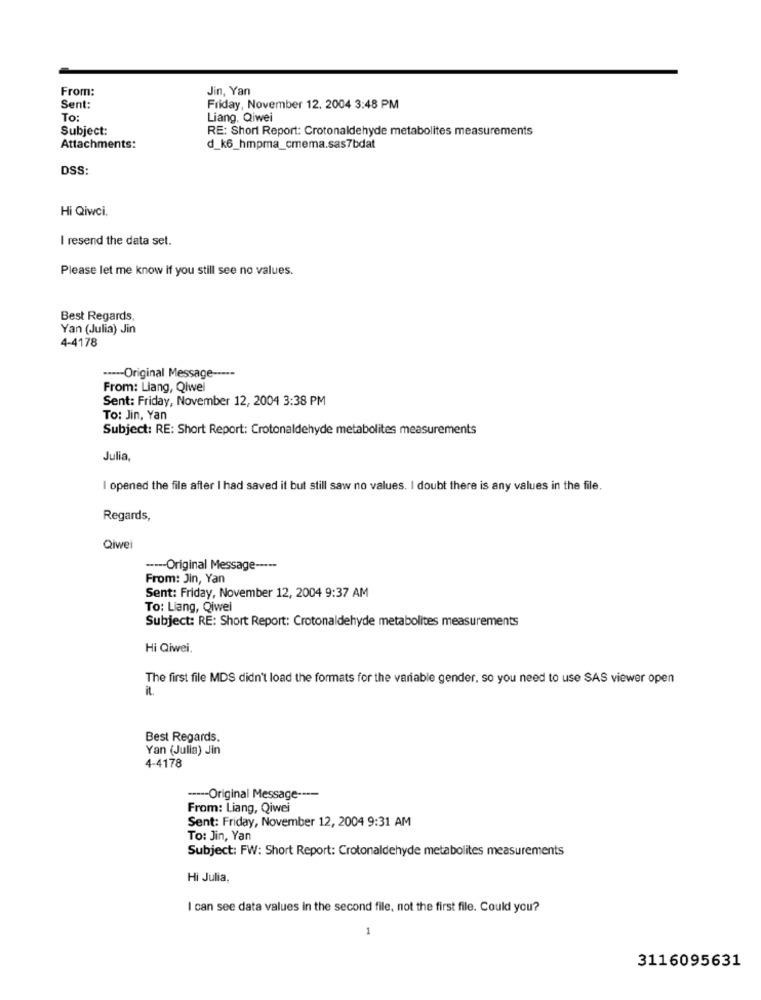
From:
Jin, Yan
Sent:
Friday, November 12. 2004 3:48 PM
To:
Liang, Qiwei
Subject:
RE: Short Report: Crotonaldehyde metabolites measurements
Attachments:
d_k6_hmpma_cmema.sas7bdat
DSS:
Hi Qiwci.
I resend the data set.
Please let me know if you still see no values.
Best Regards
Yan (Julia) Jin
4-4178
----- Original Message -···-
From: Liang, Qiwel
Sent: Friday, November 12, 2004 3:38 PM
To: Jin, Yan
Subject: RE: Short Report: Crotonaldehyde metabolites measurements
Julia,
I opened the file after I had saved it but still saw no values. I doubt there is any values in the file.
Regards,
Qiwei
---- Original Message -----
From: Jin, Yan
Sent: Friday, November 12, 2004 9:37 AM
To: Liang, Qiwei
Subject: RE: Short Report: Crotonaldehyde metabolites measurements
Hi Qiwei.
The first file MDS didn't load the formats for the variable gender, so you need to use SAS viewer open
it
Best Regards.
Yan (Julia) Jin
4-4178
----- Original Message ----
From: Liang, Qiwei
Sent: Friday, November 12, 2004 9:31 AM
To: Jin, Yan
Subject: FW: Short Report: Crotonaldehyde metabolites measurements
Hi Julia,
I can see data values in the second file, not the first file. Could you?
3116095631